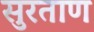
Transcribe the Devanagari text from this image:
सुरताण